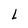
Character: L